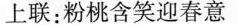
上联：粉桃含笑迎春意